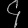
Digit: ၄